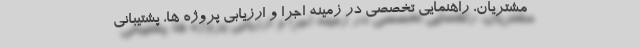
مشتریان، راهنمایی تخصصی در زمینه اجرا و ارزیابی پروژه ها، پشتیبانی